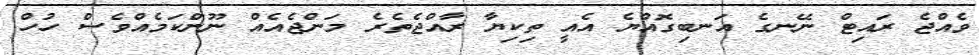
ވެއްޖެ ރައިޓް ނޭނގެ އަނބިގޮއްޔެ އެއީ ތިކިޔާ ރާއްޖެތެެރެ މަންޖެއެއް ނޫންކަމެއްވެސް ހުހް